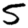
Digit: 5